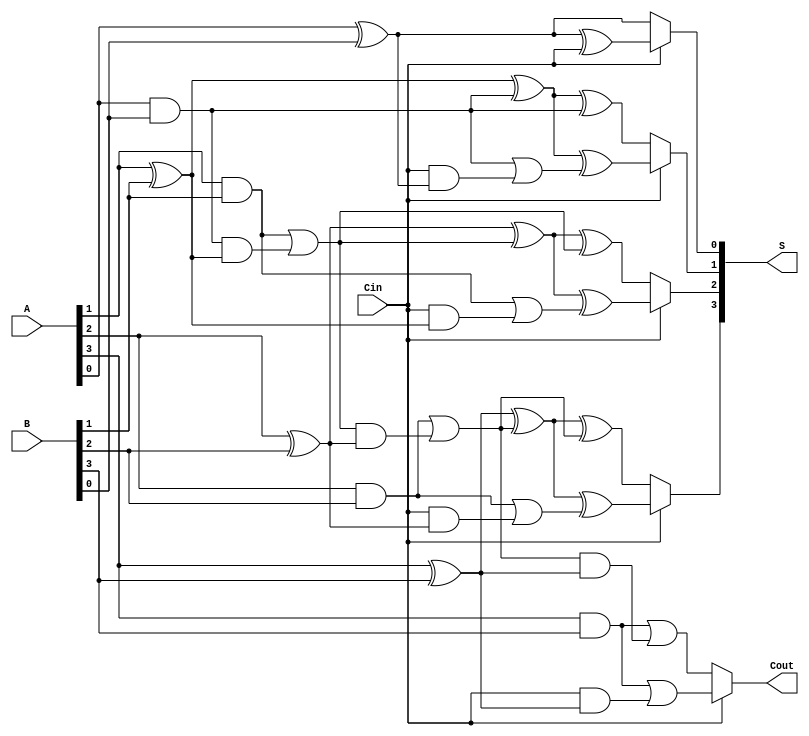
module conditional_sum_adder #(
    parameter N = 4  // Bit-width parameter, can be changed as needed
)(
    input  [N-1:0] A,      // First n-bit input
    input  [N-1:0] B,      // Second n-bit input
    input        Cin,       // Carry-in
    output [N-1:0] S,      // Sum output
    output       Cout       // Carry-out
);

    wire [N-1:0] P;        // Partial sums
    wire [N:0] C0;         // Carry signals assuming no carry-in
    wire [N:0] C1;         // Carry signals assuming carry-in

    // Generate partial sums and carry signals
    genvar i;
    generate
        for (i = 0; i < N; i = i + 1) begin : CSA
            // Calculate partial sum
            assign P[i] = A[i] ^ B[i] ^ C0[i];

            // Calculate carry signals
            assign C0[i+1] = (A[i] & B[i]) | (C0[i] & (A[i] ^ B[i]));
            assign C1[i+1] = (A[i] & B[i]) | (Cin & (A[i] ^ B[i]));
        end
    endgenerate

    // Assign carry-in to the first carry signal
    assign C0[0] = 1'b0;  // No carry-in for C0
    assign C1[0] = Cin;   // Carry-in for C1

    // Select final sum and carry-out based on carry-in
    generate
        for (i = 0; i < N; i = i + 1) begin : SELECT
            assign S[i] = Cin ? (P[i] ^ C1[i]) : (P[i] ^ C0[i]);
        end
    endgenerate

    // Final carry-out is determined by the last carry signals
    assign Cout = Cin ? C1[N] : C0[N];

endmodule